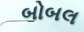
બોબલ